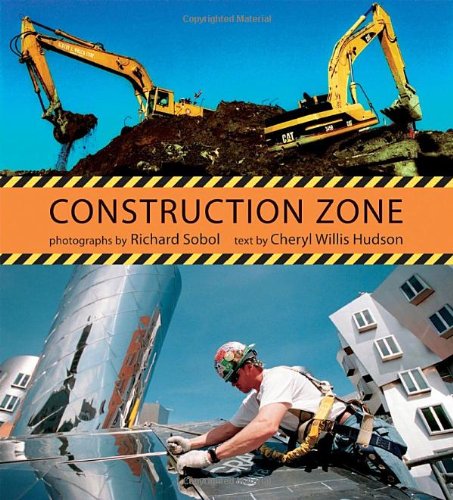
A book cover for Construction Zone; Cheryl Willis Hudson; Children's Books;